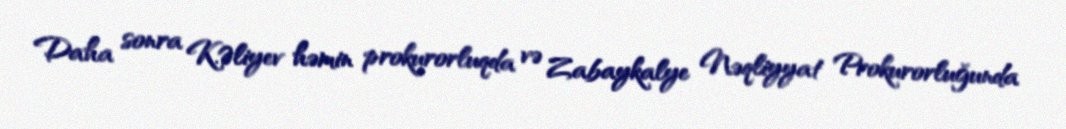
Daha sonra K.Əliyev həmin prokurorluqda və Zabaykalye Nəqliyyat Prokurorluğunda